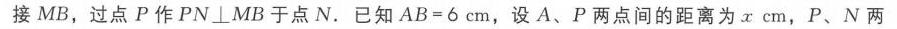
接\(MB\)，过点\(P\)作\(PN\perp MB\)于点\(N\). 已知\(AB = 6\mathrm{cm}\)，设\(A\)、\(P\)两点间的距离为\(x\mathrm{cm}\)，\(P\)、\(N\)两